Rapla_vallavalitsus, lk 14
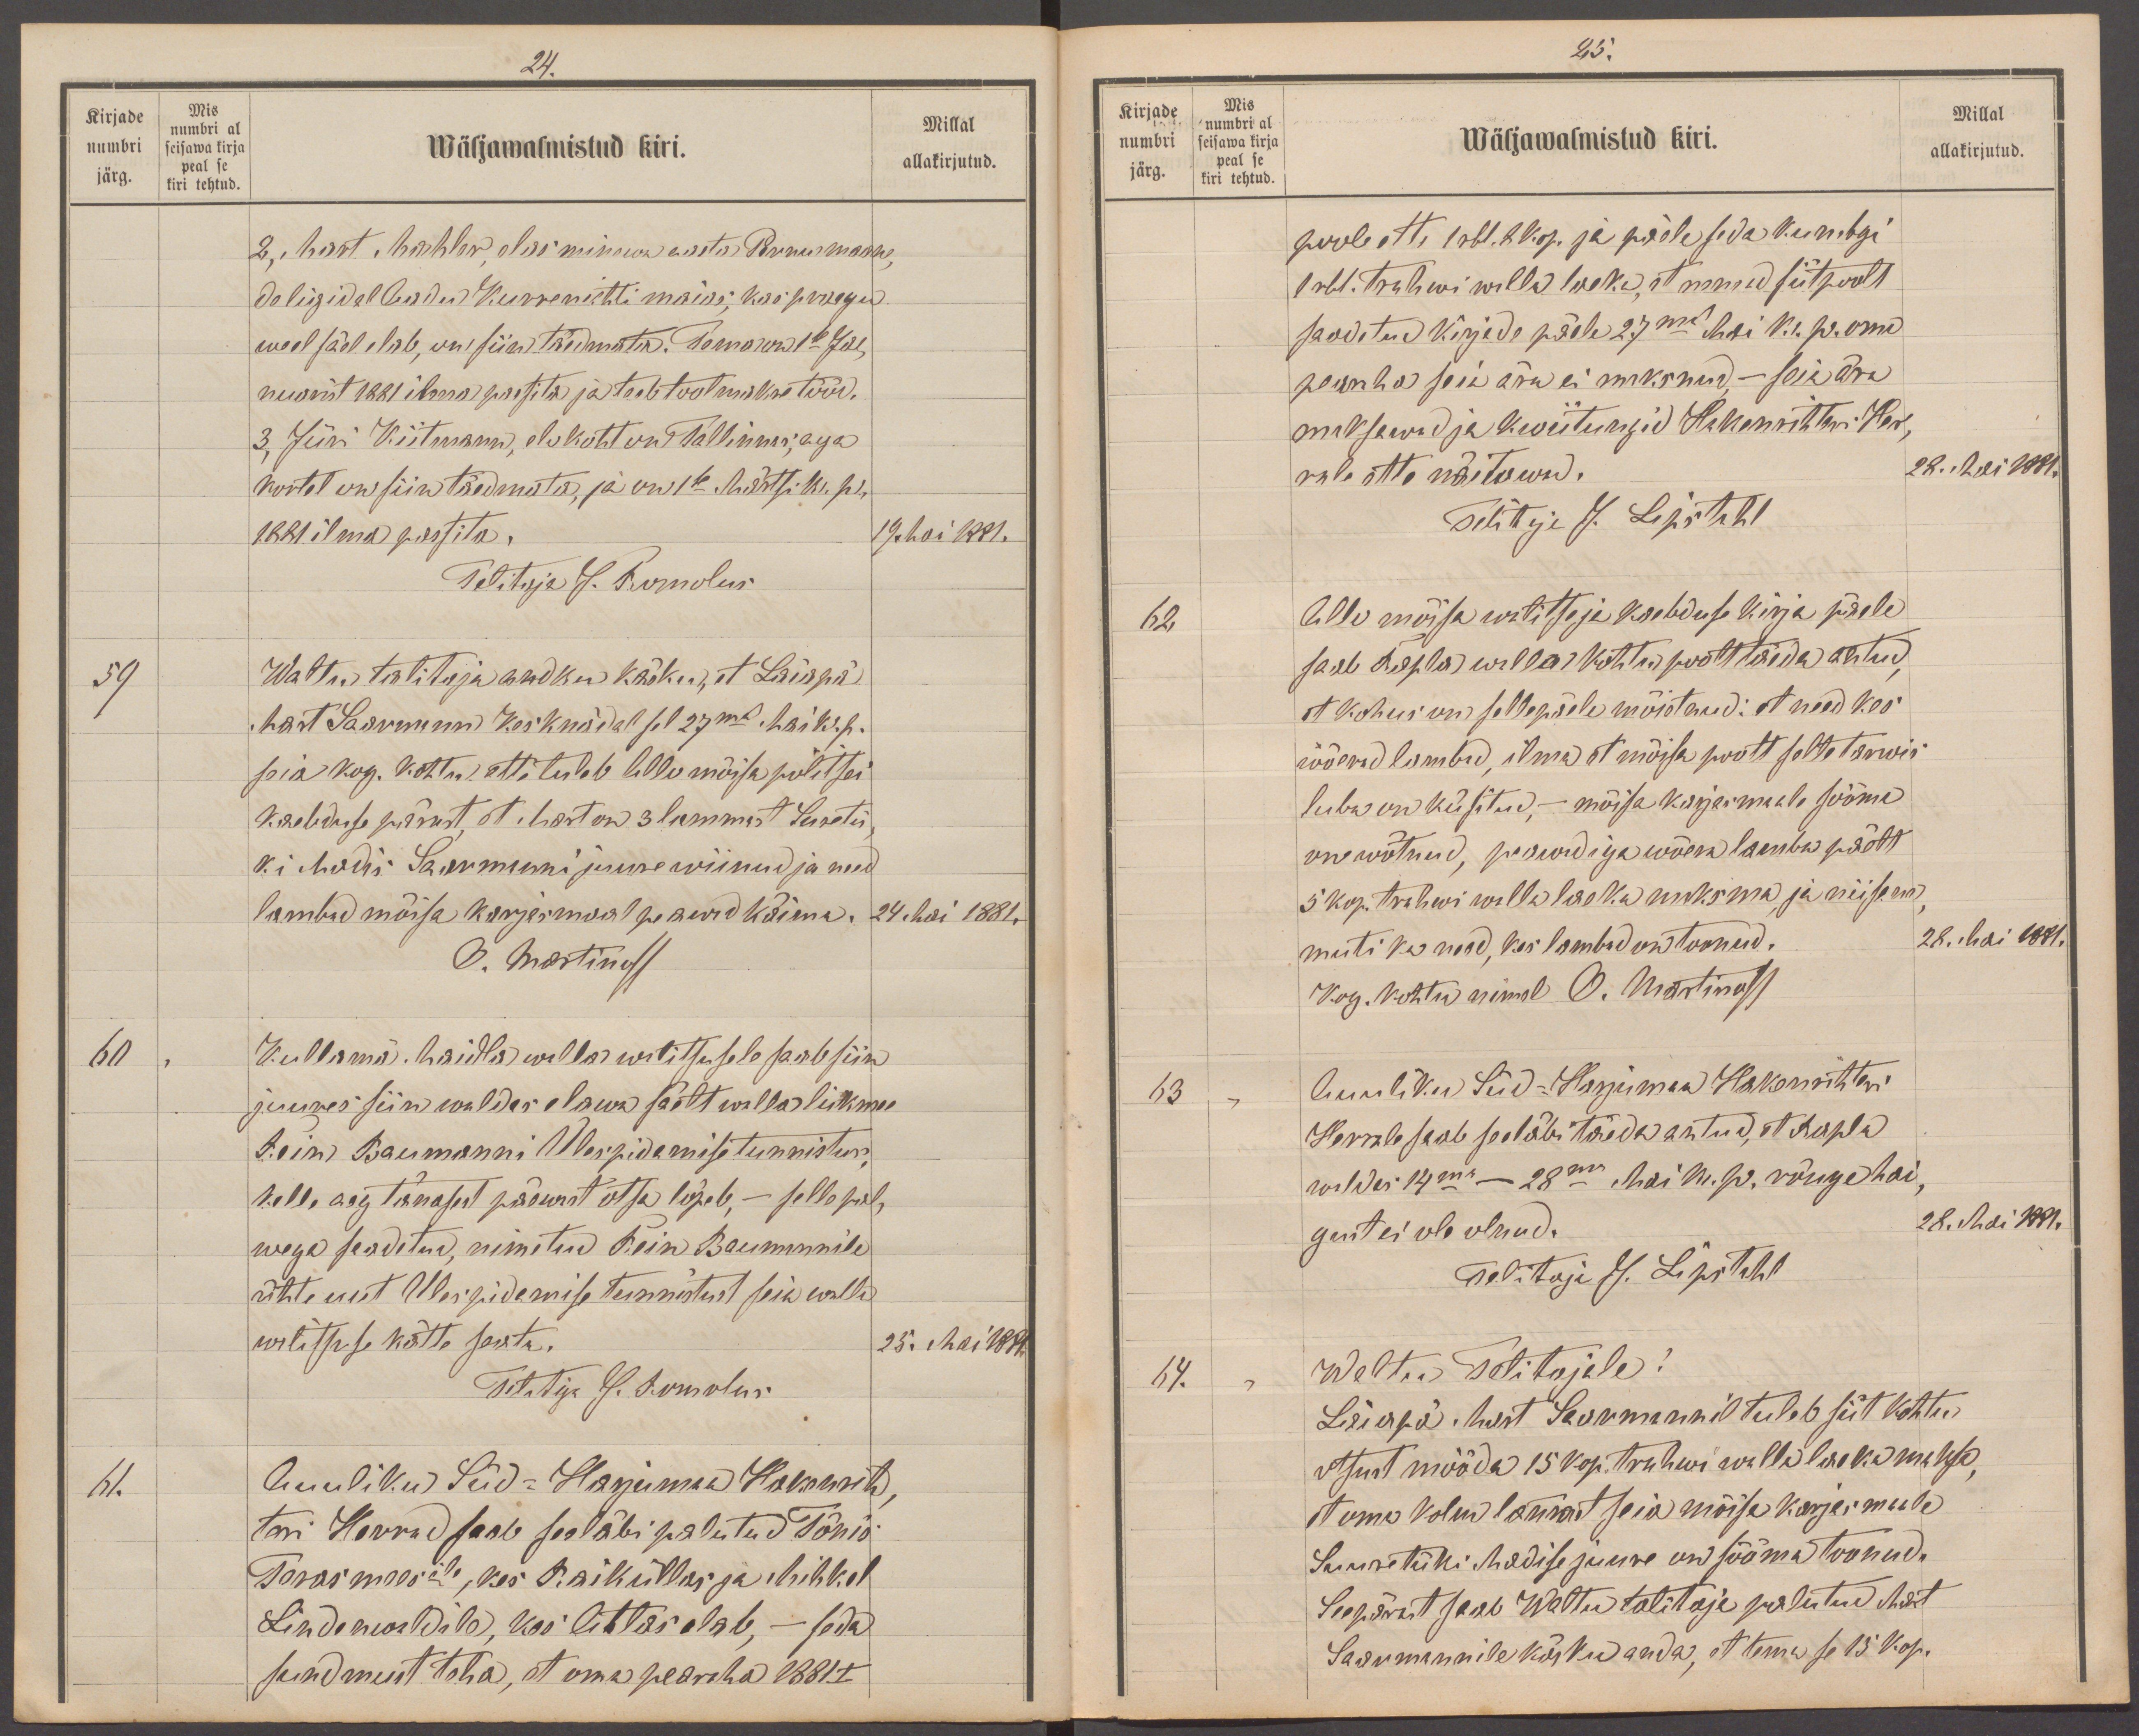
24.
Kirjade
Mis
Millal
numbri al
numbri
Wäljawalmistud kiri.
seisawa kirja
allakirjutud.
peal se
järg.
kiri tehtud.
2, Mart Mahler, elas minewa aasta Pernu maan,
de ligidal Aadu Kurrenichti maias, kas praegu
weel säel elab, on siin täedmata. Tema on 1se Ja
nuarist 1881 ilma passita ja teeb toolmakre tööd.
3, Jüri Kiitmann, elukoht on Tallinnas, aga
kortel on siin täedmata, ja on 16. Märtsi 1861 k. p
1881 ilma passita.
19. Mai 1881.
Talitaja J. Romolus
59
Waltu talitaja andku käskus, et Laiapä
Mart Saarmann kesknädal sel 27ma Mai k. p.
seia kog. kohtu. ette tuleb Allo mõisa politsei
Kaebduse pärast, et Mart on 3 lammast Suretis
ki Madis Saarmanni juure wiinud ja need
lambad mõisa karjamaal peawad käima.
24 Mai 1881.
O. Martinoff
60
Kullamä Maidla walla walitsusele saab siin
juures siin waldas elawa säelt walla liikme
Rein Baumanni Ülespidamise tunnistus,
kelle aeg tänasest päewast otsa lõpeb, - selle pal
wega seadetud, nimetud Rein Baumannile
ühte uut Ülesoidamise tunnistust seia walla
walitsuse kätte saata.
25. Mai 1887.
Talitaja J. Romolus
61.
Auuliku Süd- Harjumaa Hakenrih
teri Herrad saab seeläbi palutud Tõnis
Terasmees't, kes Raiküllas ja Mihkel
Lindenwaldile, kes Atlas elab, - seda
sundmust teha, et oma pearaha 1881 I

25.
Kirjade
Mis
Millal
numbri
numbri al
Wäljawalmistud kiri.
allakirjutud.
seisawa kirja
peal se
järg.
kiri tehtud
poole ette 1 rbl. 8 kop. ja päele seda kumbgi
1 rbl. trahwi walla laekast mind siitpoolt
saadetud kirjade päele 27mal Mai k. p. oma
pearaha seia ära ei maksnud, - seia ära
maksewad ja kwiitungid Hakenrihteri Her-
rale ette näitawad.
28. Mai 1881".
Talitaja J. Lipstahl
62
Allo mõisa walitseja kaebduse kirja järele
saab Rapla walla kohtu poolt täeda antud,
et kohus on sellepäele mõiotand: et need kes
wõerid lambid, ilma et mõisa poolt selle tarwis-
luba on küsitud, - mõisa karjamaale sööma
on wõtnud, peawad iga wõera lamba päelt
5 kop. trahwi walla laeka maksma ja niisam
muti ka need, kes lambad on toonud.
28. Mai 1881.
Kog. kohtu nimel O. Martinoff
63
Auuliku Süd-Harjumaa Hakenrihteri
Herrale saab seeläbi täeda antud, et Rapla
waldas 14ma - 28ma Mai k. p. rõuge hai-
gust ei ole olnud.
28. Mai 1881.
Talitaja J. Lipstahl
64.
Waltu talitajale!
Laiapä Mart Saarmannil tuleb siit kohtu
otsust mööda 15 kop. trahwi walla laeka maksa,
et oma kolm lammast seia mõisa karjamaale
Suuretüki Madise juure on sööma toonud.
Seepärast saab Waltu talitaja palutud Mart
Saarmannile käsku anda, et temma se 15 kop.